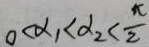
0 < \alpha _ { 1 } < \alpha _ { 2 } < \frac { \pi } { 2 }